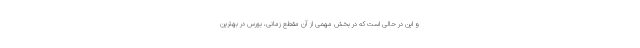
و این در حالی است که در بخش مهمی از آن مقطع زمانی، بورس در بهترین